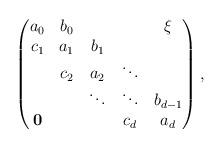
LaTeX: \begin{align*}\begin{pmatrix}a_0 & b_0 & & & \xi\\c_1 & a_1 & b_1 & \\& c_2 & a_2 & \ddots \\& & \ddots & \ddots & b_{d-1}\\{\bf 0}& & & c_d & a_d\end{pmatrix},\end{align*}